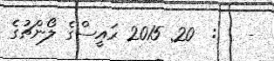
-   :  20